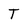
Character: T